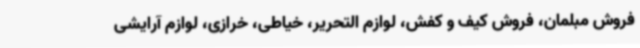
فروش مبلمان، فروش کیف و کفش، لوازم التحریر، خیاطی، خرازی، لوازم آرایشی